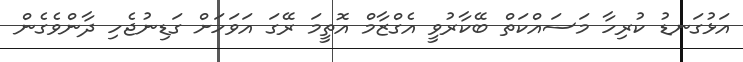
އަޅުގަނޑު ކުރިހާ މަސައްކަތް ބޭކާރުވީ އެގްޒާމް އޮތީމަ ރޭގަ އަވަހަށް ގަޑިނުޖެހި ދާންވެގެން